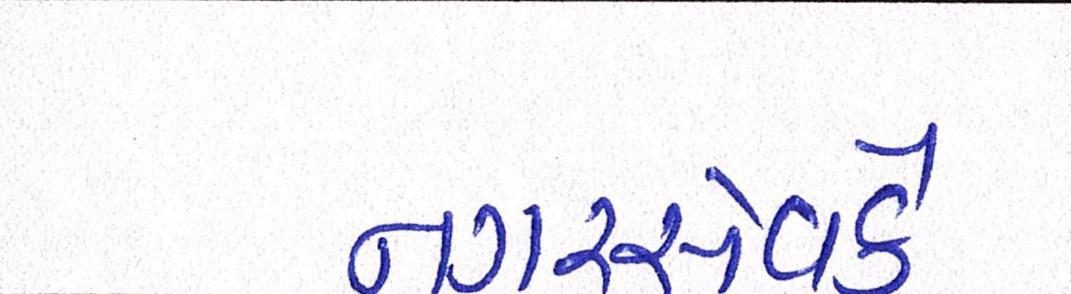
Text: નગરસેવકે